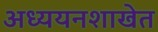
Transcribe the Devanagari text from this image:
अध्ययनशाखेत